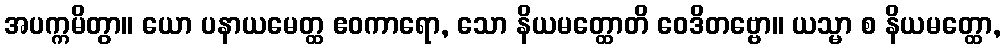
အပက္ကမိတွာ။ ယော ပနာယမေတ္ထ ဧဝကာရော, သော နိယမတ္ထောတိ ဝေဒိတဗ္ဗော။ ယသ္မာ စ နိယမတ္ထော,